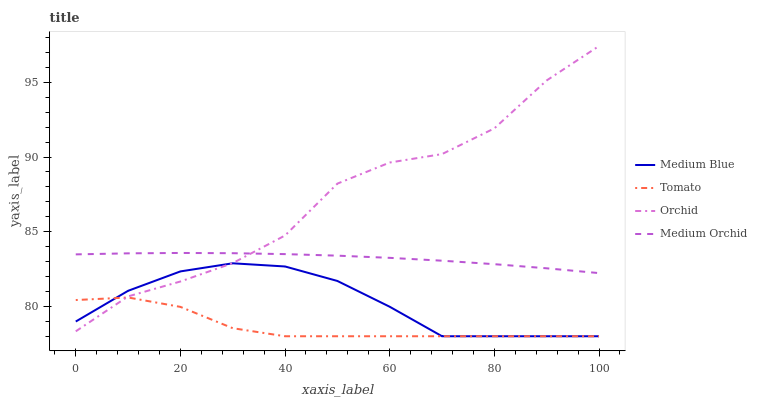
| xaxis_label | Medium Blue | Tomato | Orchid | Medium Orchid |
 | --- | --- | --- | --- | --- |
 | 0 | 79 | 80.4 | 78.3 | 83.5 |
 | 10 | 81 | 80.6 | 80.7 | 83.6 |
 | 20 | 82.3 | 80 | 81.7 | 83.6 |
 | 30 | 82.9 | 78.5 | 82.9 | 83.6 |
 | 40 | 82.7 | 78 | 84.7 | 83.5 |
 | 50 | 81.7 | 78 | 88.2 | 83.4 |
 | 60 | 80 | 78 | 89.6 | 83.3 |
 | 70 | 78 | 78 | 90.2 | 83.1 |
 | 80 | 78 | 78 | 91.9 | 82.8 |
 | 90 | 78 | 78 | 95.1 | 82.5 |
 | 100 | 78 | 78 | 97.4 | 82.2 |